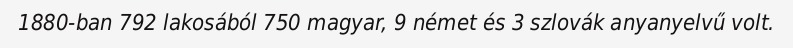
1880-ban 792 lakosából 750 magyar, 9 német és 3 szlovák anyanyelvű volt.